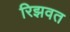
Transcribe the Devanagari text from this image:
रिझवत